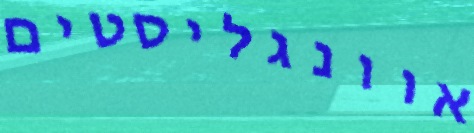
אוונגליסטים